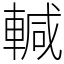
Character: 輱